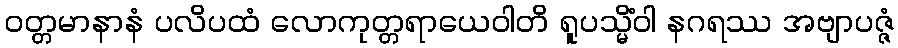
ဝတ္တမာနာနံ ပလိပထံ လောကုတ္တရာယေဝါတိ ရူပသ္မိံဝါ နဂရဿ အဗျာပဇ္ဇံ